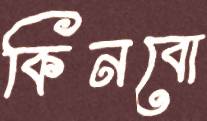
কিনবো